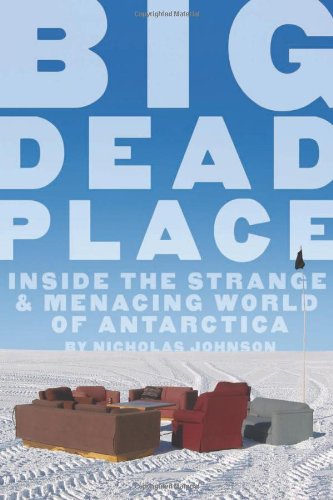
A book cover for Big Dead Place: Inside the Strange and Menacing World of Antarctica; Nicholas Johnson; Health, Fitness & Dieting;